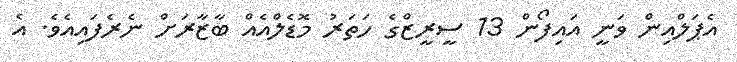
އެޕަލްއިން ވަނީ އައިފޯން 13 ސީރީޒްގެ ހަތަރު މޮޑެލްއެއް ބާޒާރަށް ނެރެފައިއެވެ. އެ